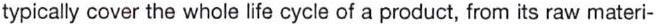
typically cover the whole life cycle of a product, from its raw materi-